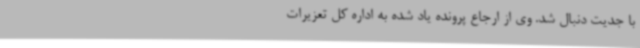
با جدیت دنبال شد. وی از ارجاع پرونده یاد شده به اداره کل تعزیرات